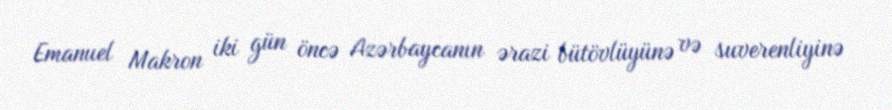
Emanuel Makron iki gün öncə Azərbaycanın ərazi bütövlüyünə və suverenliyinə